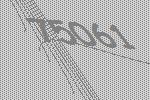
75061